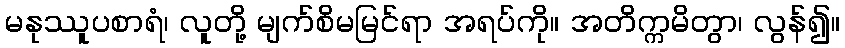
မနုဿူပစာရံ၊ လူတို့ မျက်စိမမြင်ရာ အရပ်ကို။ အတိက္ကမိတွာ၊ လွန်၍။